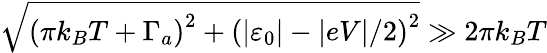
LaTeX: \sqrt{\left(\pi k_{B}T+\Gamma_{a}\right)^{2}+\left(\left\vert\varepsilon_{0}\right\vert-\vert eV\vert/2\right)^{2}}\gg 2\pi k_{B}T